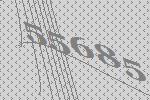
55685